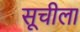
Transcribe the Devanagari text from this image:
सूचीला